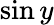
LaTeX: \sin y